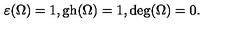
\varepsilon ( \Omega ) = 1 , \mathrm { g h } ( \Omega ) = 1 , \mathrm { d e g } ( \Omega ) = 0 .